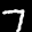
Label: 7